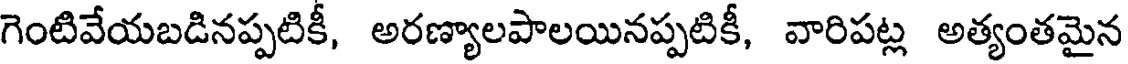
గెంటివేయబడినప్పటికీ, అరణ్యాలపాలయినప్పటికీ, వారిపట్ల అత్యంతమైన